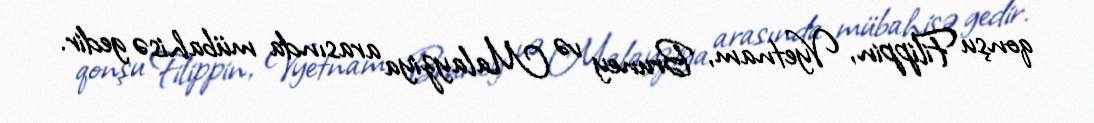
qonşu Filippin, Vyetnam, Bruney və Malayziya arasında mübahisə gedir.